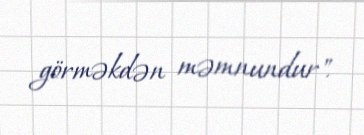
görməkdən məmnundur".